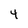
Character: 4